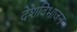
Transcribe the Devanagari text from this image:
देशविभाजन